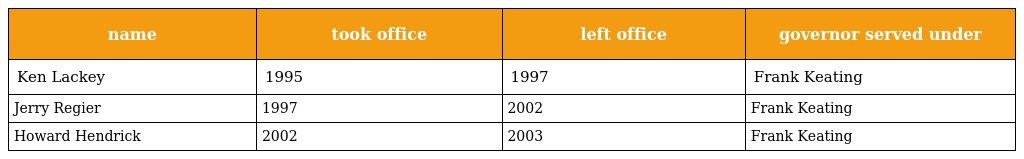
| name | took office | left office | governor served under |
 | --- | --- | --- | --- |
 | Ken Lackey | 1995 | 1997 | Frank Keating |
 | Jerry Regier | 1997 | 2002 | Frank Keating |
 | Howard Hendrick | 2002 | 2003 | Frank Keating |